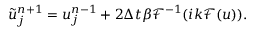
\tilde { u } _ { j } ^ { n + 1 } = u _ { j } ^ { n - 1 } + 2 \Delta t \beta \mathcal { F } ^ { - 1 } ( i k \mathcal { F } ( u ) ) .